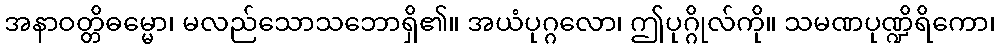
အနာဝတ္တိဓမ္မော၊ မလည်သောသဘောရှိ၏။ အယံပုဂ္ဂလော၊ ဤပုဂ္ဂိုလ်ကို။ သမဏပုဏ္ဍိရိကော၊